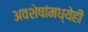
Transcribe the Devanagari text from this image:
अवशेषांमध्येही